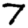
Digit: 7